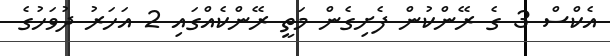
އެކްސް 3 ގެ ރޭންކުން ފެށިގެން މަތީ ރޭންކެއްގައި 2 އަހަރު ދުވަހުގެ